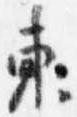
東